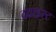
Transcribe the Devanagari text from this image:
ददाइस्ट